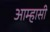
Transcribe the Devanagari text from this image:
आम्हासी